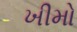
ખીમો